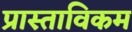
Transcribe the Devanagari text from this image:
प्रास्ताविकम